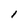
Character: l